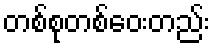
တစ်စုတစ်ဝေးတည်း